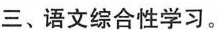
三、语文综合性学习。